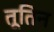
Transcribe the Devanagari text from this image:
तूतिन